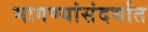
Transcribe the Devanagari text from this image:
मागण्यांसंदर्भात